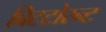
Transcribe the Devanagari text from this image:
बिटटोरन्ट